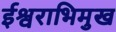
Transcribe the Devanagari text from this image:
ईश्वराभिमुख